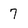
Character: 7